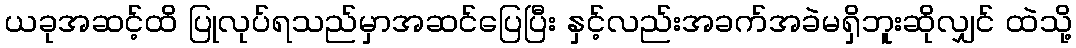
ယခုအဆင့်ထိ ပြုလုပ်ရသည်မှာအဆင်ပြေပြီး နှင့်လည်းအခက်အခဲမရှိဘူးဆိုလျှင် ထဲသို့